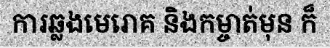
ការឆ្លងមេរោគ និងកម្ចាត់មុន ក៏